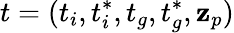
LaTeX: t=(t_{i},t_{i}^{*},t_{g},t_{g}^{*},\mathbf{z}_{p})